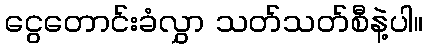
ငွေတောင်းခံလွှာ သတ်သတ်စီနဲ့ပါ။